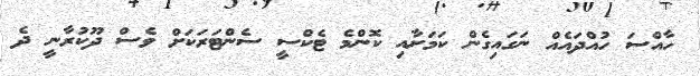
ހާއްސަ ހުއްދައެއް ނަގައިގެން ކަމަށާއި ކޮންމެ ޓެކްސީ ސެންޓަރަކަށް ވެސް ދޫކުރާނީ ދެ